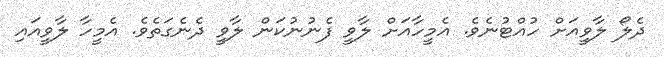
ދެލޯ ލާވީއަށް ހުއްޓުނެވެ. އެމީހާއަށް ލާވީ ފެނުނުކަން ލާވީ ދެނެގަތެވެ. އެމީހާ ލާވީއައި